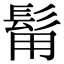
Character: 𩬮